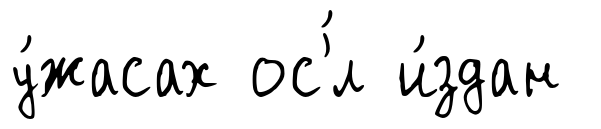
у́жасах ос'́л и́здан